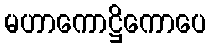
မဟာကောဋ္ဌိကောပေ